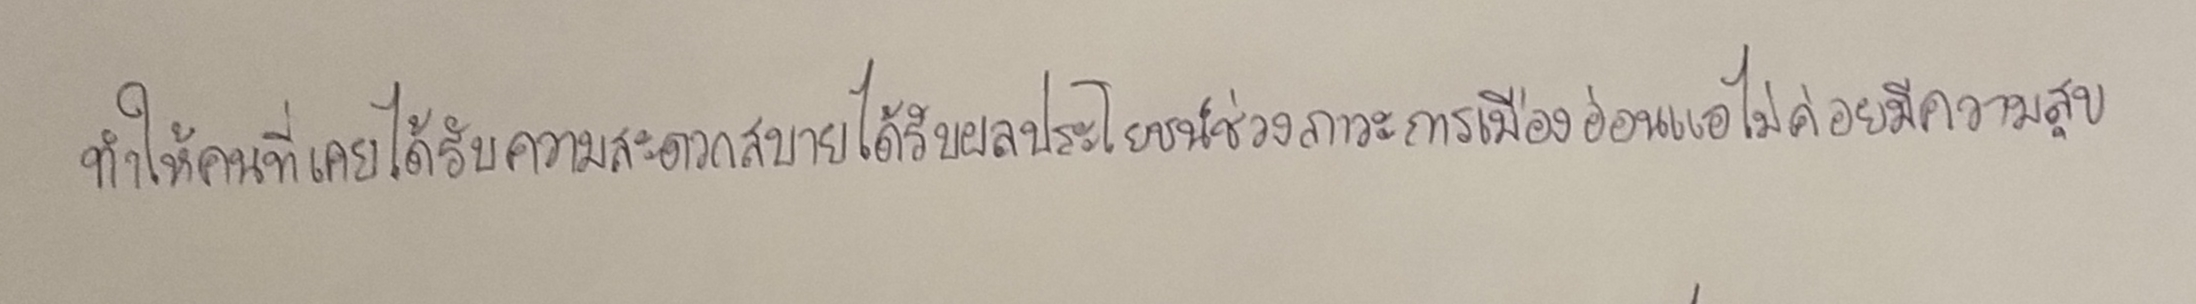
ทำให้คนที่เคยได้รับความสะดวกสบายได้รับผลประโยชน์ช่วงภาวะการเมืองอ่อนแอไม่ค่อยมีความสุข